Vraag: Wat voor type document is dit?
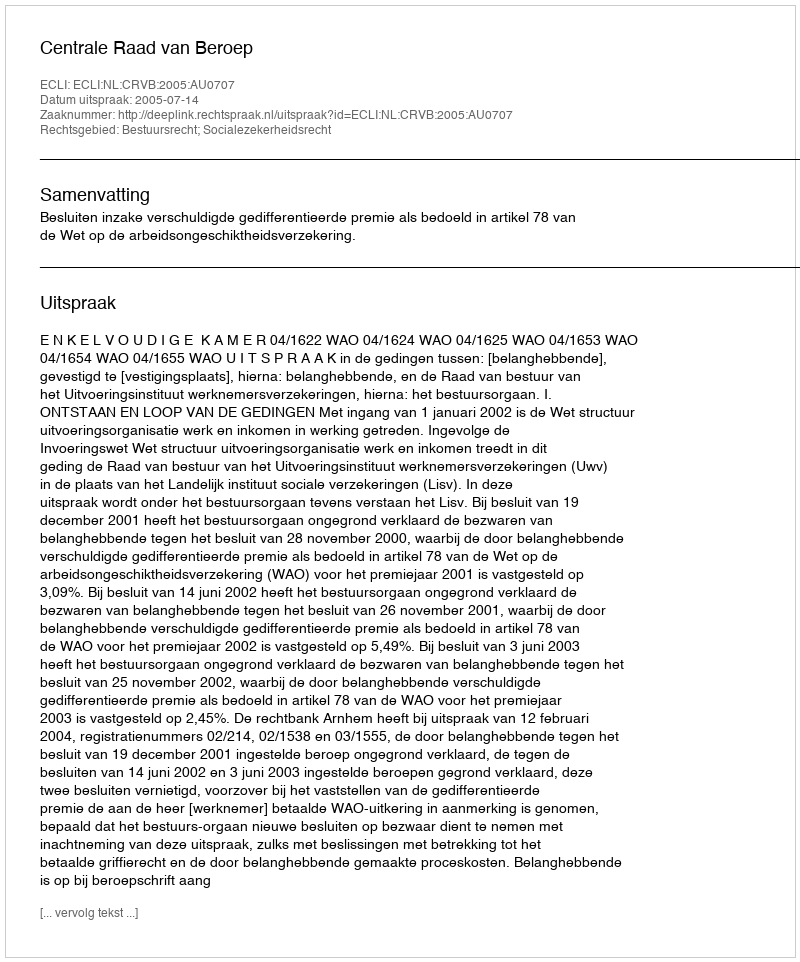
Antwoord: Uitspraak